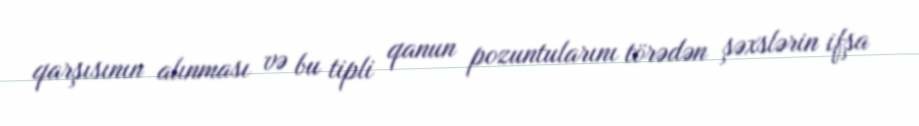
qarşısının alınması və bu tipli qanun pozuntularını törədən şəxslərin ifşa